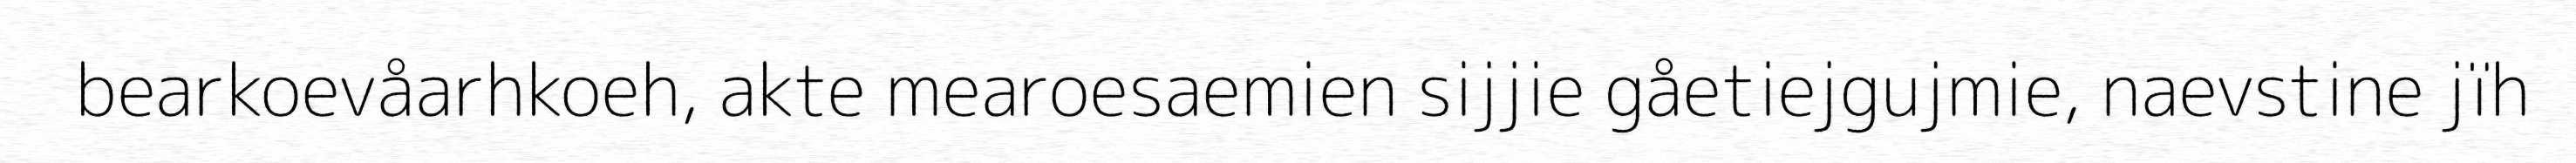
bearkoevåarhkoeh, akte mearoesaemien sijjie gåetiejgujmie, naevstine jïh